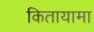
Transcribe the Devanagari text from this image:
कितायामा